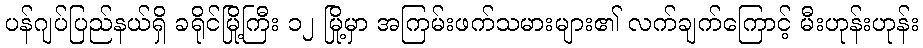
ပန်ဂျပ်ပြည်နယ်ရှိ ခရိုင်မြို့ကြီး ၁၂ မြို့မှာ အကြမ်းဖက်သမားများ၏ လက်ချက်ကြောင့် မီးဟုန်းဟုန်း